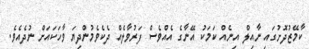
ކާމޭޒުދޮށުގައި ނާއިލް އިނެއް ކަމަކު އޭނާގެ އެއްވެސް ފަރުވާލެއް ދެކެވެމުންދިޔަ ވާހަކައަށް ނުދެއެވެ.